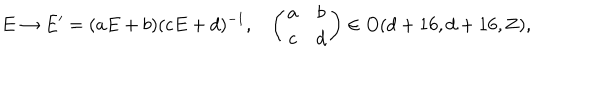
E \rightarrow E ^ { \prime } = ( a E + b ) ( c E + d ) ^ { - 1 } , \ \ \ \left( \begin{matrix} { { a } } & { { b } } \\ { { c } } & { { d } } \\ \end{matrix} \right) \in O ( d + 1 6 , d + 1 6 , { \bf Z } ) ,